Civil Veterinary Dept. Bombay admin report 1900-1906 - 1900-1906
Year: 1900
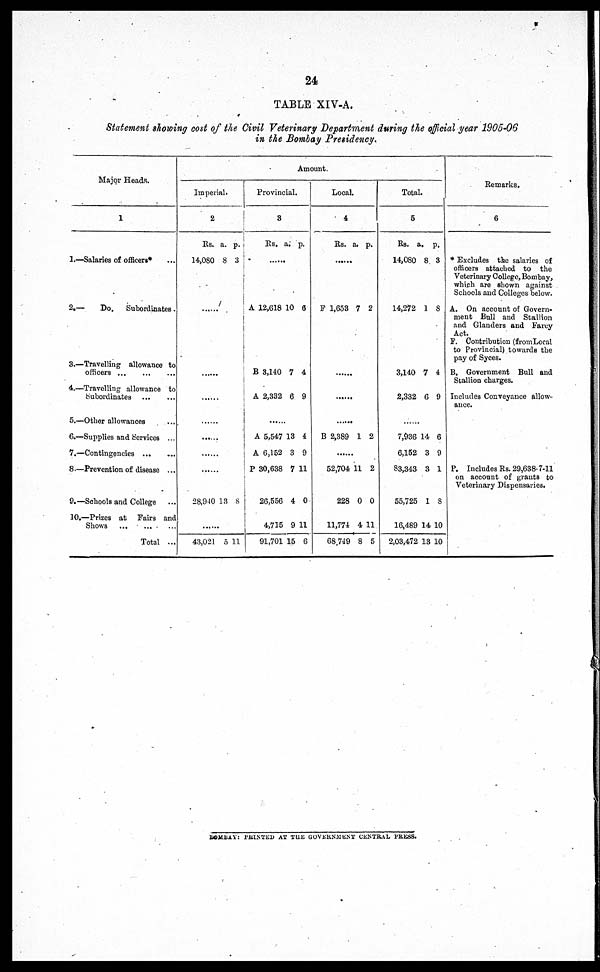
24
TABLE XIV–– A.
Statement showing cost of the Civil Veterinary Department during the official year 1905-06
in the Bombay Presidency.
Major Heads.
1
1.—Salaries of officers* ...
2.—
Do.
Subordinates.
3.—Travelling allowance to
officers ... ... ...
4.—Travelling allowance to
Subordinates ... ...
5.—Other allowances ...
6.—Supplies and Services ...
7.—Contingencies ... ...
8 —Prevention of disease ...
9.—Schools and College ...
10.—Prizes at Fairs and
Shows ... ... ...
Total ...
Amount.
Imperial.
Rs.
14,080
......
......
......
......
......
......
28,940
......
43,021
a.
8
13
5
p.
3
11
Provincial.
3
Rs.
......
A 12,618
B 3,140
A 2,332
......
A 5,547
A 6,152
P 30,638
26,556
4,715
91,701
a.
10
7
6
13
3
7
4
9
15
p.
6
4
9
4
9
11
0
11
6
Local.
4
Rs.
......
F 1,653
......
......
B 2,389
......
52,704
228
11,774
68,749
a.
7
1
11
0
4
8
p.
2
2
2
0
11
5
Total.
5
Rs.
14,0S0
14,272
3,140
2,332
......
7,936
6,152
83,343
55,725
16,489
2,03,472
a.
8
1
7
6
14
3
3
1
14
13
p.
3
8
4
9
6
9
1
8
10
10
Remarks.
6
* Excludes the salaries of
officers attached to the
Veterinary College, Bombay,
which are shown against
Schools and Colleges below.
A. On account of Govern-
ment Bull and Stallion
and Glanders and Farcy
Act.
F. Contribution (from Local
to Provincial) towards the
pay of Syces.
B. Government Bull and
Stallion charges.
Includes Conveyance allow-
ance.
P. Includes Rs. 29,638-7-11
on account of grants to
Veterinary Dispensaries.
BOMBAY: PRINTED AT THE GOVERNMENT CENTRAL PRESS.